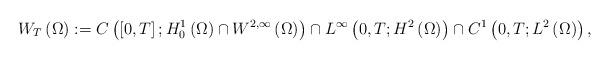
LaTeX: \begin{align*}W_{T}\left(\Omega\right):=C\left(\left[0,T\right];H_{0}^{1}\left(\Omega\right)\cap W^{2,\infty}\left(\Omega\right)\right)\cap L^{\infty}\left(0,T;H^{2}\left(\Omega\right)\right)\cap C^{1}\left(0,T;L^{2}\left(\Omega\right)\right),\end{align*}